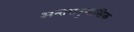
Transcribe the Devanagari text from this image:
अन्तरानुशासिक